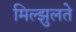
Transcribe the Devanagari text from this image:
मिल्झुलते